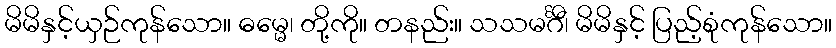
မိမိနှင့်ယှဉ်ကုန်သော။ ဓမ္မေ၊ တို့ကို။ တနည်း။ သသမင်္ဂီ၊ မိမိနှင့် ပြည့်စုံကုန်သော။